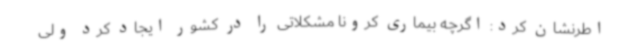
اطرنشان کرد: اگرچه بیماری کرونا مشکلاتی را در کشور ایجاد کرد ولی